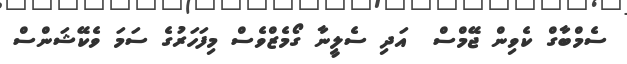
ސެމްބާގް ކެވިން ޖޭމްސް  އަދި ސެލީނާ ގޯމެޒްވެސް މިފަހަރުގެ ސަމަ ވެކޭޝަންސް